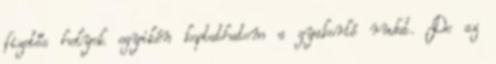
fizetős helyek egyikén koptathatom a gyakorló rudat. De az